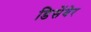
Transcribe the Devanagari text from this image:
डिसेंबेर